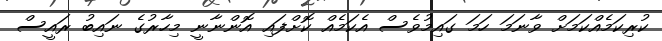
ކުރިކަމެއްކަމަށް ވާނަމަ ހަމަ ގައިމުވެސް އެކަމެއް ކޮށްފައި އޮންނާނީ މިހާރުގެ ނައިބު ރައީސް